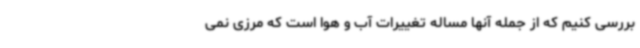
بررسی کنیم که از جمله آنها مساله تغییرات آب و هوا است که مرزی نمی